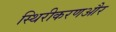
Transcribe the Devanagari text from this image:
स्थिरीकरणऔर